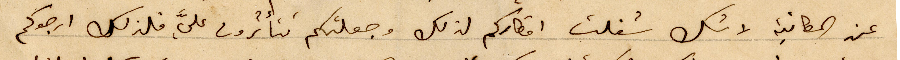
عن المكاتبة لا شك شغلت اقطاركم لذلك وجعلتكم تتأثرون عليًَ فلذلك ارجوكم